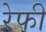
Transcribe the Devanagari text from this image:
रेफी